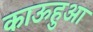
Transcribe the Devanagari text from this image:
काऊहुआ